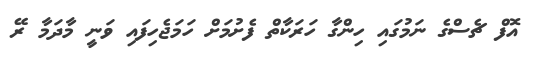
އޮފް ޗެސްގެ ނަމުގައި ހިންގާ ހަރަކާތް ފެށުމަށް ހަމަޖެހިފައި ވަނީ މާދަމާ ރޭ